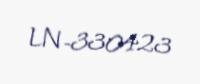
LN-330423